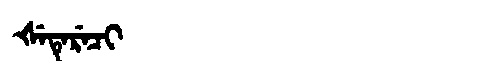
Manchu: ᡧᡝᡨᡝᡵᡝᠴᡳ
Romanization: ŠETERECI